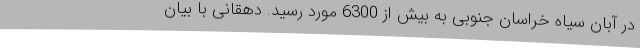
در آبان سیاه خراسان جنوبی به بیش از 6300 مورد رسید. دهقانی با بیان